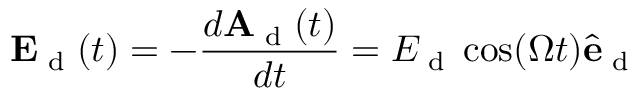
\mathbf { E } _ { \textrm { d } } ( t ) = - \frac { d \mathbf { A } _ { \textrm { d } } ( t ) } { d t } = E _ { \textrm { d } } \cos ( \Omega t ) \hat { \mathbf { e } } _ { \textrm { d } }